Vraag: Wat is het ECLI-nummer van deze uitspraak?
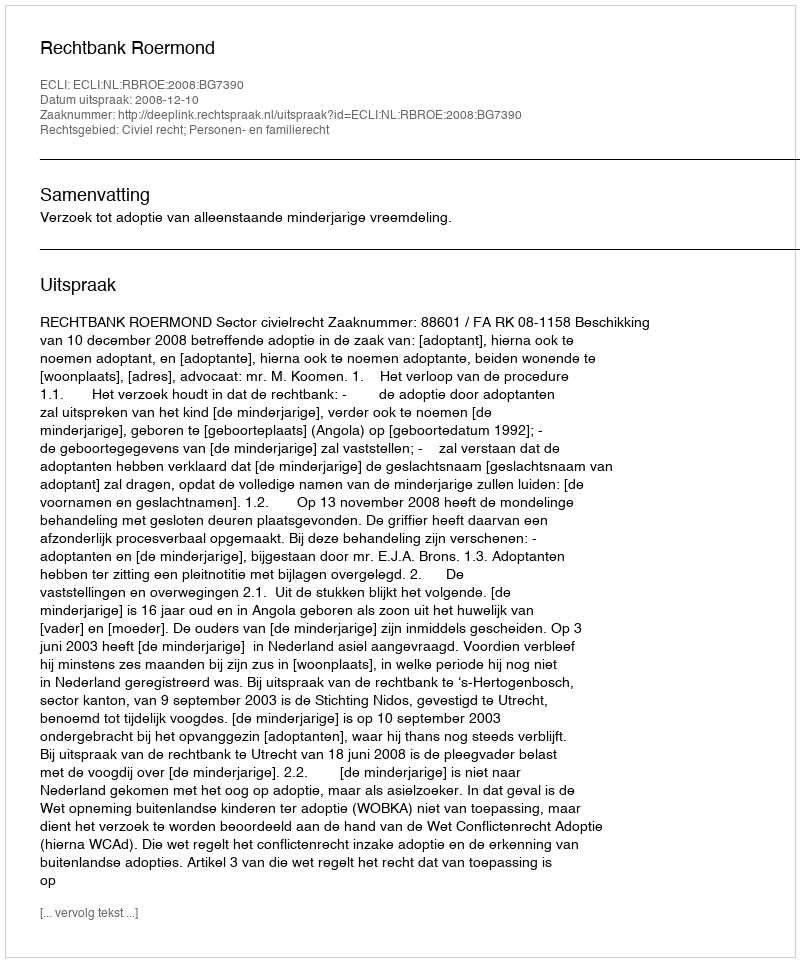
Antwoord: ECLI:NL:RBROE:2008:BG7390